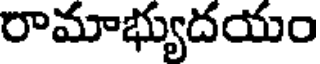
రామాభ్యుదయం